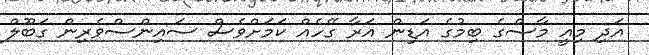
އަދި މިއީ މާސްގެ ބިމުގެ އަޑިން އަރާ ގޭހެއް ކަމަށްވެސް ސައިންސްވެރިން ގަބޫލް